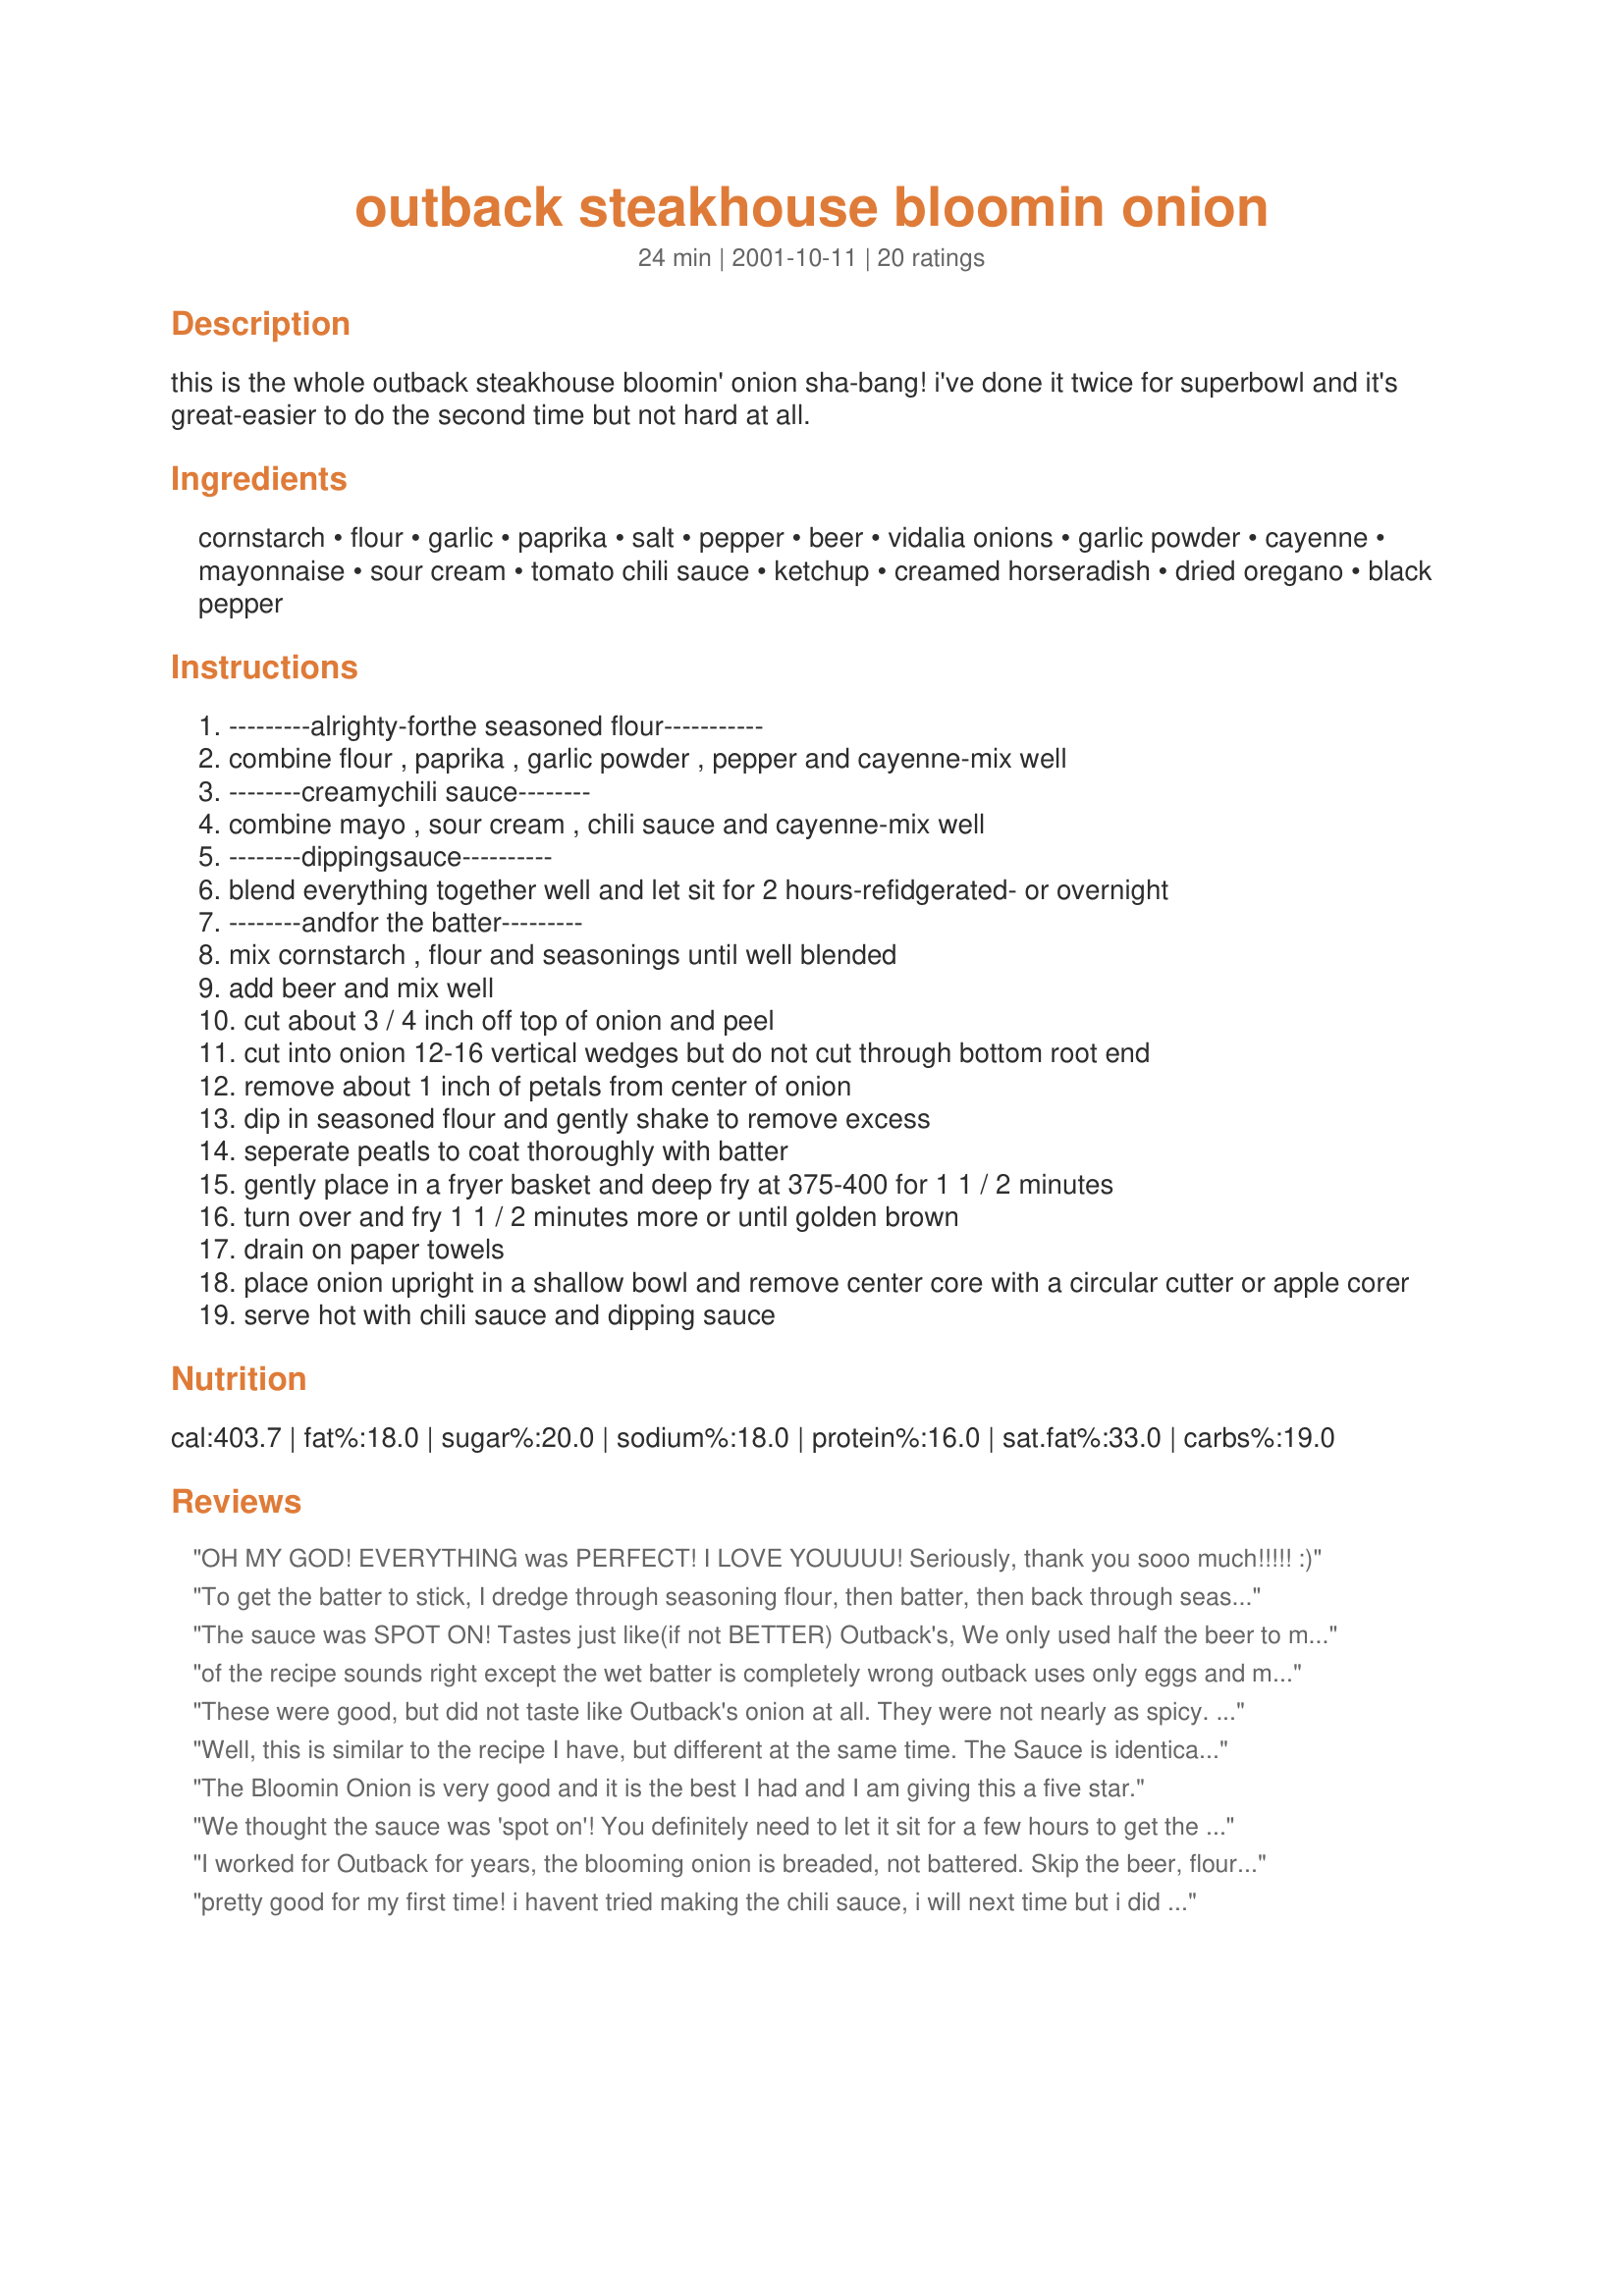
outback steakhouse bloomin onion
Preparation time: 24 minutes

this is the whole outback steakhouse bloomin' onion sha-bang! i've done it twice for superbowl and it's great-easier to do the second time but not hard at all.

Ingredients:
cornstarch, flour, garlic, paprika, salt, pepper, beer, vidalia onions, garlic powder, cayenne, mayonnaise, sour cream, tomato chili sauce, ketchup, creamed horseradish, dried oregano, black pepper

Steps:
---------alrighty-forthe seasoned flour-----------
combine flour , paprika , garlic powder , pepper and cayenne-mix well
--------creamychili sauce--------
combine mayo , sour cream , chili sauce and cayenne-mix well
--------dippingsauce----------
blend everything together well and let sit for 2 hours-refidgerated- or overnight
--------andfor the batter---------
mix cornstarch , flour and seasonings until well blended
add beer and mix well
cut about 3 / 4 inch off top of onion and peel
cut into onion 12-16 vertical wedges but do not cut through bottom root end
remove about 1 inch of petals from center of onion
dip in seasoned flour and gently shake to remove excess
seperate peatls to coat thoroughly with batter
gently place in a fryer basket and deep fry at 375-400 for 1 1 / 2 minutes
turn over and fry 1 1 / 2 minutes more or until golden brown
drain on paper towels
place onion upright in a shallow bowl and remove center core with a circular cutter or apple corer
serve hot with chili sauce and dipping sauce

Reviews:
OH MY GOD! EVERYTHING was PERFECT!
I LOVE YOUUUU! Seriously, thank you sooo much!!!!!
:)
To get the batter to stick, I dredge through seasoning flour, then batter, then back through seasoning flour and drop into my fry daddy!
The sauce was SPOT ON! Tastes just like(if not BETTER) Outback's, We only used half the beer to make the batter for the onion and I doubled the flour and put some more Cannyee in it. The first batch we made like the first recipe calls for and it didnt come out well, I learned that if you double the flour and pepper and add approx 9 oz of beer it comes out better. It was hard to get the entire onion covered so next time we may just try making onion rings so it's easier. All in all this is a great recipe and I will be making this agian and agian!
of the recipe sounds right except the wet batter is completely wrong outback uses only eggs and milk for it 10 eggs per gallon if I remember correctly I worked there for about five years 2 of which I made the onions a few days a week
These were good, but did not taste like Outback's onion at all. They were not nearly as spicy. That being said, we did like them. I cut my onions up and made these as onion petals instead of a whole onion.
Well, this is similar to the recipe I have, but different at the same time. The Sauce is identical ingredients though. However, the Bloomin&#039; Onion itself is different. My batter is just an egg and milk wash. The Dry ingredients you don&#039;t mix with the Wet ingredients. Also, there is MUCH more Cayenne in the Dry with a few other ingredients as well. It comes out with a &#039;KICK&quot; that is JUST LIKE Outback Steakhouse!!!!!! There is WAY TOO MUCH FLOUR in this recipe; it is killing the spices which is what I want to taste with a Crispy Coating--mine has it! &lt;br/&gt;&lt;br/&gt;Slicing the onion is a Challenge, but just take your time and slice carefully! It may not come out perfect, but it is dang good. If anyone wants the recipe, just let me know.
The Bloomin Onion is very good and it is the best I had and I am giving this a five star.
We thought the sauce was 'spot on'! You definitely need to let it sit for a few hours to get the true taste. I too made onion petals which are easier but they do take longer to make since you have to fry them in batches. We really enjoyed them but we didn't feel the breading was quite the right texture as the Outbacks and they also weren't as spicy. HOWEVER, they were really, really good! Next time I won't use all the beer. I think that is why the batter was so thin and crisp compared to the Outback's. I'll also use some cayenne in the batter. Definitely delicious and a fantastic appetizer!! Thanks DiB's!
I worked for Outback for years, the blooming onion is breaded, not battered. Skip the beer, flour the onion, dip it in a milk wash, the flour it again.
pretty good for my first time! i havent tried making the chili sauce, i will next time but i did make the outback sauce which was really good, i added a little more ketchup and cayenne to my sauce and batter to make it spicier, i also added lawrys seaoning salt to my batter as well for more flavor since many ppl below said it was somewhat bland. soaking the onions in the water does make it open better.
I have tried many recipes for Bloomin' Onions and Onion Rings. This is, by far, the BEST recipe! Instead of making rings or a blooming onion, I cut the onion into "petals". They taste great this way and there is little to no mess. 
Thanks for a great recipe!
I don't know what i'm doing wrong. I have tried at least 5 bloomin' onion recipes and techniques. I can't seem to get it right. I bought a bloomin' onion cutter. The raw onion looks beautiful but then when it comes to frying it...i literally destroy it. This batter seems tasty with what I was able to salvage out of my onion. I can't fault the recipe for my failure.
really fluffy and crispy batter! used less than 18oz of beer. was pretty good, but will definately up the spices and salt next time, was alittle bland for us. chili sauce was good too, make it a day ahead of time is best in my opinion. thanks for a great supper side!
Fantastic served with the Outback Dipping Sauce.
I went for it this weekend for a birthday party I threw. We had steaks, a blue cheese salad and I served this bloomin&#039; onion. It was incredible and a total hit!
hubby loved this! we didnt make the chili sause but did try the outback dipping sauce. it was great! thanks for sharing.. will try again..
made the dipping sauce for fried mushrooms, perfect! thanks so much, a happy hive here :)
I made up the sauce for a great zippy dip option. Next time I'll try the onion too.
Why are there two sauces? One a Creamy Chili Sauce and a Dipping Sauce...
Loved it, perfect. Not a single complaint. And yes ... letting them sit in cold water seriously works wonders.

I also did mushrooms (buttons) the same way the the same sauce. Sauce batter too. Equally as good. IT WAS A FRY night, can't you tell. We did wings too. I did have veggies though, it offset all the bad frying. But ... IT WAS so tasty!
Thanks for an easy good very accurate recipe.
